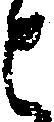
と